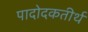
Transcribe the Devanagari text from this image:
पादोदकतीर्थ